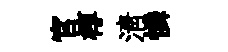
官椁淸憐